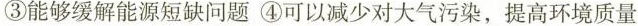
③能够缓解能源短缺问题 ④可以减少对大气污染，提高环境质量